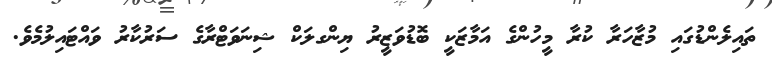
ތައިލެންޑުގައި މުޒާހަރާ ކުރާ މީހުންގެ އަމާޒަކީ ބޮޑުވަޒީރު ޔިންގލަކް ޝިނަވަޓްރާގެ ސަރުކާރު ވައްޓައިލުމެވެ.